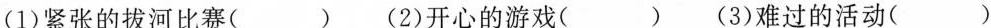
(1)紧张的拔河比赛( )(2)开心的游戏( )(3)难过的活动( )